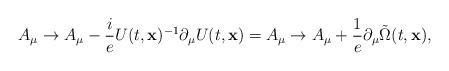
LaTeX: \begin{align*}A_\mu\to A_\mu-\frac{i}{e} U(t,{\bf x})^{-1}\partial_\mu U(t,{\bf x})=A_\mu\to A_\mu+\frac{1}{e}\partial_\mu\tilde \Omega(t,{\bf x}),\end{align*}